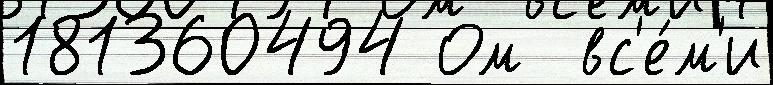
181360494 Ом  вс'е́м'и